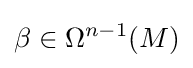
\beta \in \Omega ^{n-1}(M)